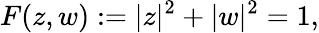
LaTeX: F(z,w):=|z|^{2}+|w|^{2}=1,